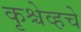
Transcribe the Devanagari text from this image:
कृश्चेव्हचे